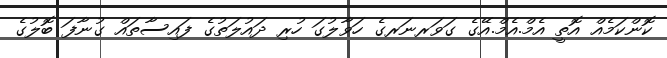
ކޮންކަމެއް އޮތީ އެމް.އެމް.އޭގެ ގަވަރނަރގެ ހަވާލުގަ ހުރި ދައުލަތުގެ ފައިސާތައް ގުނާފަ ބޮލުގެ